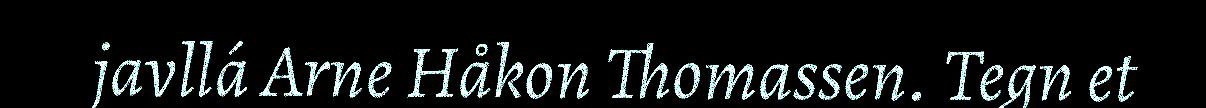
javllá Arne Håkon Thomassen. Tegn et